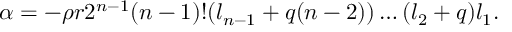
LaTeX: \alpha = - \rho r 2 ^ { n - 1 } ( n - 1 ) ! ( l _ { n - 1 } + q ( n - 2 ) ) \ldots ( l _ { 2 } + q ) l _ { 1 } .